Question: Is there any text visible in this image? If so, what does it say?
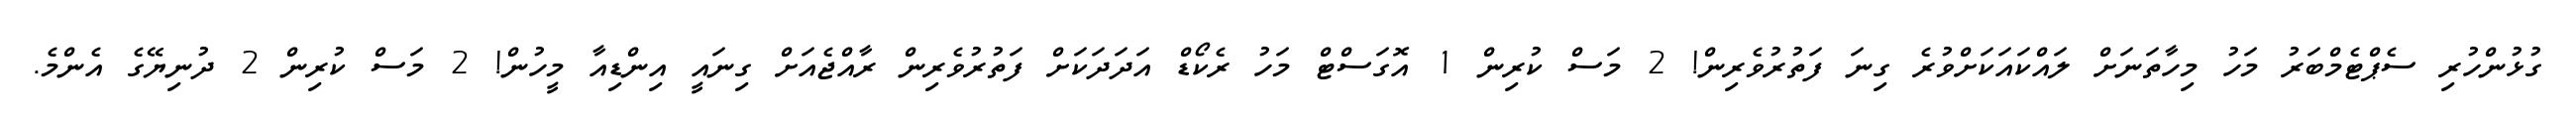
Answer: ގުޅުންހުރި ސެޕްޓެމްބަރު މަހު މިހާތަނަށް ލައްކައަކަށްވުރެ ގިނަ ފަތުރުވެރިން! 2 މަސް ކުރިން 1 އޮގަސްޓް މަހު ރެކޯޑް އަދަދަކަށް ފަތުރުވެރިން ރާއްޖެއަށް ގިނައީ އިންޑިއާ މީހުން! 2 މަސް ކުރިން 2 ދުނިޔޭގެ އެންމެ.